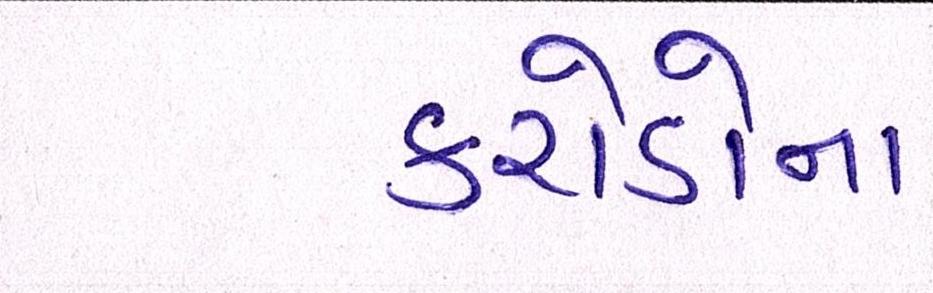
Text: કરોડોના